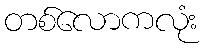
တစ်လောကလုံး